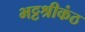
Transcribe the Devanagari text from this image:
भट्टश्रीकंठ